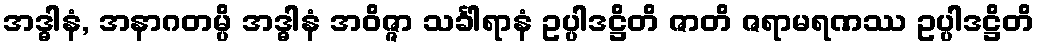
အဒ္ဓါနံ, အနာဂတမ္ပိ အဒ္ဓါနံ အဝိဇ္ဇာ သင်္ခါရာနံ ဥပ္ပါဒဋ္ဌိတိ ဇာတိ ဇရာမရဏဿ ဥပ္ပါဒဋ္ဌိတိ